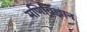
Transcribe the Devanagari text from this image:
मणिविज्ञान